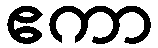
ဧကာ